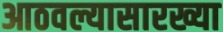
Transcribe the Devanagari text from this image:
आठवल्यासारख्या